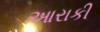
આરાકી